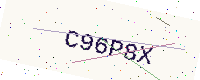
Text: C96P8X